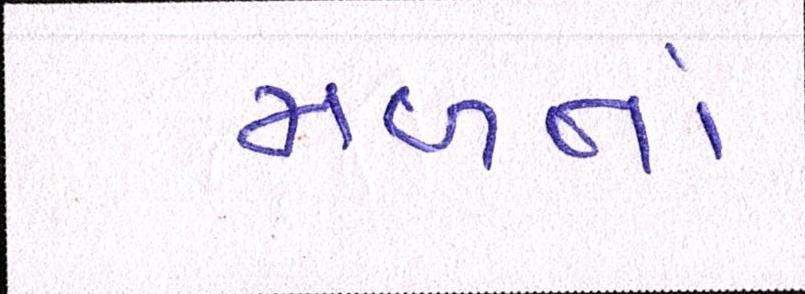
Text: મળતાં